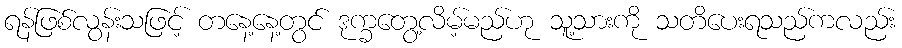
ရန်ဖြစ်လွန်းသဖြင့် တနေ့နေ့တွင် ဒုက္ခတွေ့လိမ့်မည်ဟု သူ့သားကို သတိပေးရသည်ကလည်း